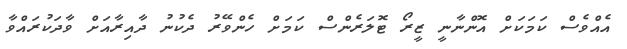
އެއްވެސް ކަމަކަށް އޮންނާނީ ޒީރޯ ޓޮލަރެންސް ކަމަށް ހެންވޭރު ދެކުނު ދާއިރާއަށް ވާދަކުރައްވާ